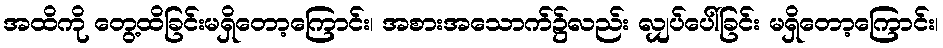
အထိကို တွေ့ထိခြင်းမရှိတော့ကြောင်း၊ အစားအသောက်၌လည်း လျှပ်ပေါ်ခြင်း မရှိတော့ကြောင်း၊